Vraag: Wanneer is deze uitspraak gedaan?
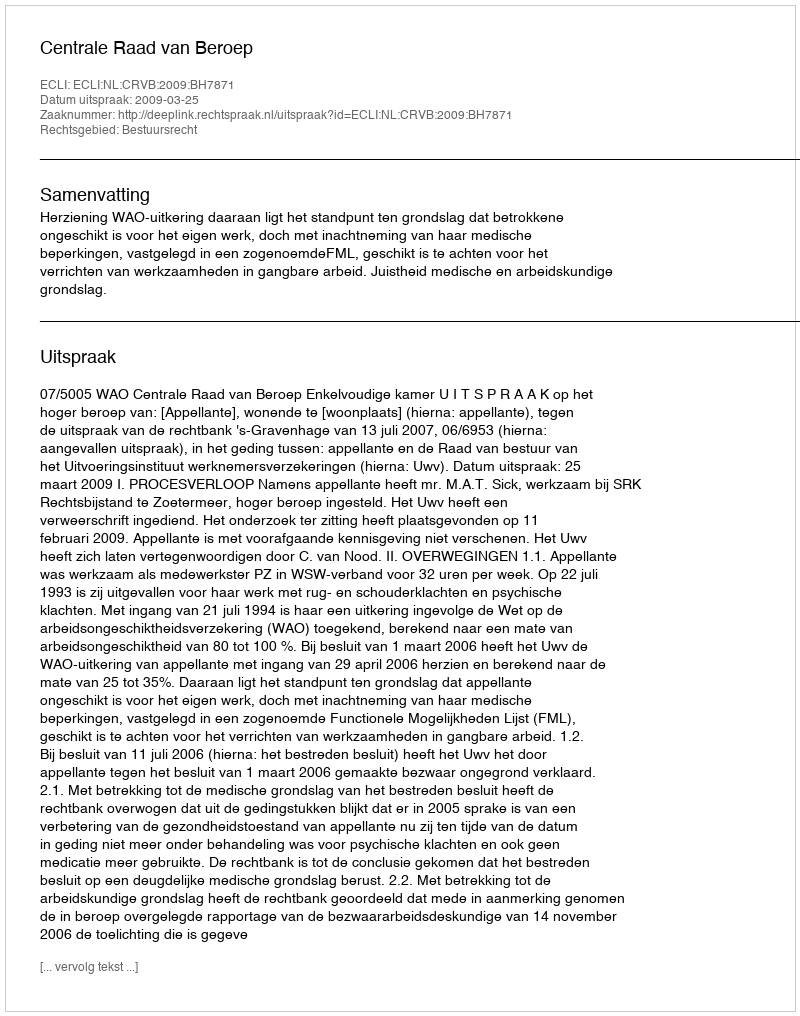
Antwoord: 2009-03-25